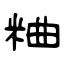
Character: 粬